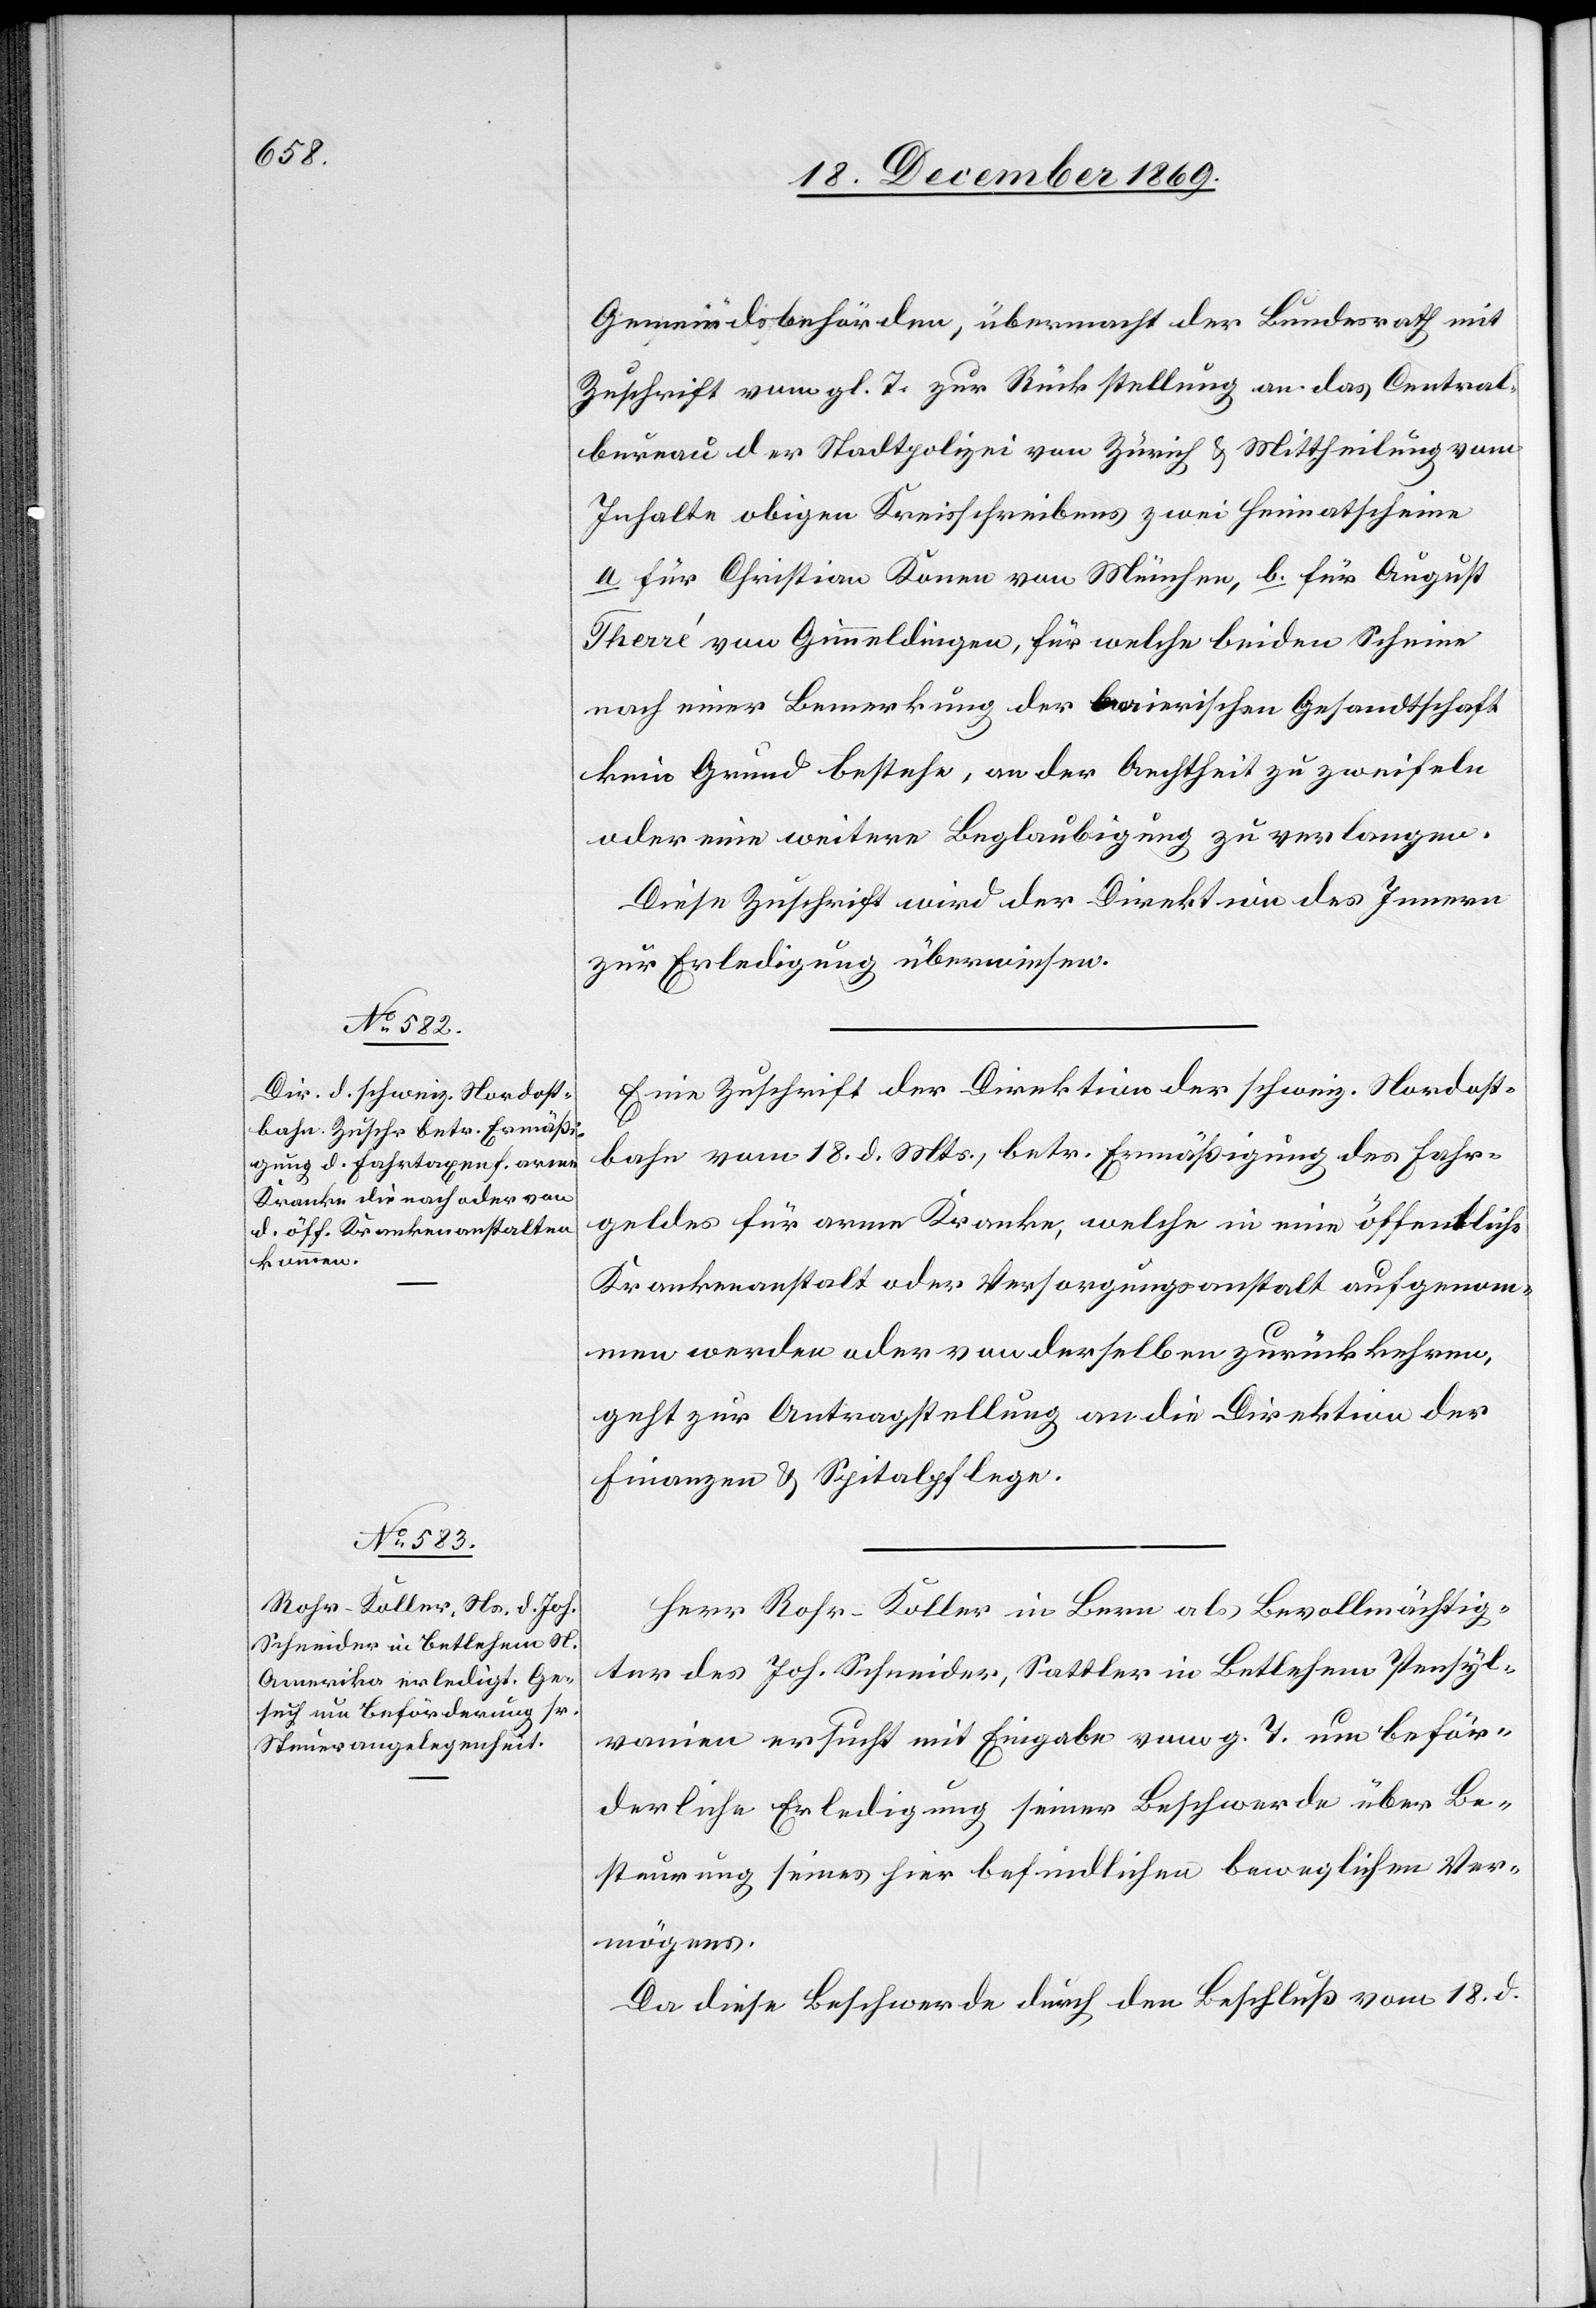
23. December 1869.]
Gemeindsbehörden, übermacht der Bundesrath mit
Zuschrift vom gl. T. zur Rückstellung an das Central¬
bureau der Stadtpolizei von Zürich & Mittheilung vom
Inhalte obigen Kreisschreibens zwei Heimatscheine
a. für Christian Konen von München, b. für August
Therré von Gimmeldingen, für welche beiden Scheine
nach einer Bemerkung der baierischen Gesandtschaft
kein Grund bestehe, an der Aechtheit zu zweifeln
oder eine weitere Beglaubigung zu verlangen.
Diese Zuschrift wird der Direktion des Innern
zur Erledigung überwiesen.
Eine Zuschrift der Direktion der schweiz. Nordost¬
bahn vom 18. d. Mts., betr. Ermäßigung des Fahr¬
geldes für arme Kranke, welche in eine öffentliche
Krankenanstalt oder Versorgungsanstalt aufgenom¬
men werden oder von derselben zurückkehren,
geht zur Antragstellung an die Direktion der
Finanzen & Spitalpflege.
Herr Rohr-Koller in Bern als Bevollmächtig¬
ter des Joh. Schneider, Sattler in Betlehem Pensyl¬
vanien ersucht mit Eingabe vom g. T. um beför¬
derliche Erledigung seiner Beschwerde über Be¬
steurung seines hier befindlichen beweglichen Ver¬
mögens.
Da diese Beschwerde durch den Beschluß vom 18. d.